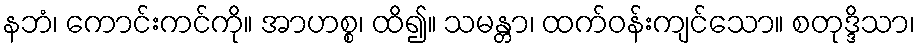
နဘံ၊ ကောင်းကင်ကို။ အာဟစ္စ၊ ထိ၍။ သမန္တာ၊ ထက်ဝန်းကျင်သော။ စတုဒ္ဒိသာ၊